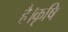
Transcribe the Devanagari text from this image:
है।कृषि